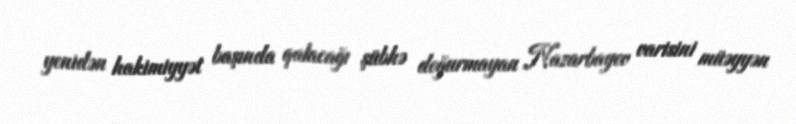
yenidən hakimiyyət başında qalacağı şübhə doğurmayan Nazarbayev varisini müəyyən